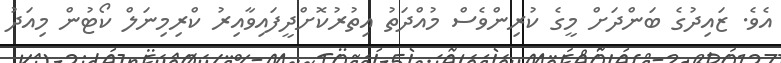
އެވެ. ޒައިދުގެ ބަންދަށް މީގެ ކުރިންވެސް މުއްދަތު އިތުރުކޮށްދީފައިވާއިރު ކްރިމިނަލް ކޯޓުން މިއަދު